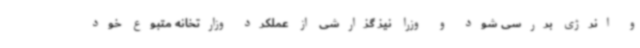
و انرژی بررسی شود و وزرا نیز گزارشی از عملکرد وزارتخانه متبوع خود